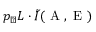
p _ { \checkmark } L \cdot \tilde { I } ( \mathrm { ~ A ~ } , \mathrm { ~ E ~ } )